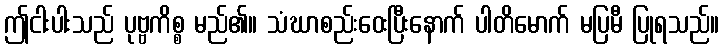
ဤငါးပါးသည် ပုဗ္ဗကိစ္စ မည်၏။ သံဃာစည်းဝေးပြီးနောက် ပါတိမောက် မပြမီ ပြုရသည်။